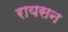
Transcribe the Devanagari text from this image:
रायसन